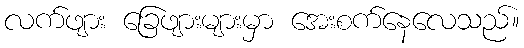
လက်ဖျား ခြေဖျားများမှာ အေးစက်နေလေသည်။